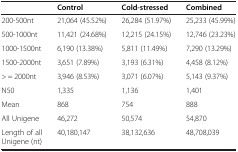
|  | Control | Cold-stressed | Combined |
 | --- | --- | --- | --- |
 | 200-500nt | 21,064 (45.52%) | 26,284 (51.97%) | 25,233 (45.99%) |
 | 500-1000nt | 11,421 (24.68%) | 12,215 (24.15%) | 12,746 (23.23%) |
 | 1000-1500nt | 6,190 (13.38%) | 5,811 (11.49%) | 7,290 (13.29%) |
 | 1500-2000nt | 3,651 (7.89%) | 3,193 (6.31%) | 4,458 (8.12%) |
 | > = 2000nt | 3,946 (8.53%) | 3,071 (6.07%) | 5,143 (9.37%) |
 | N50 | 1,335 | 1,136 | 1,401 |
 | Mean | 868 | 754 | 888 |
 | All Unigene | 46,272 | 50,574 | 54,870 |
 | Length of all Unigene (nt) | 40,180,147 | 38,132,636 | 48,708,039 |